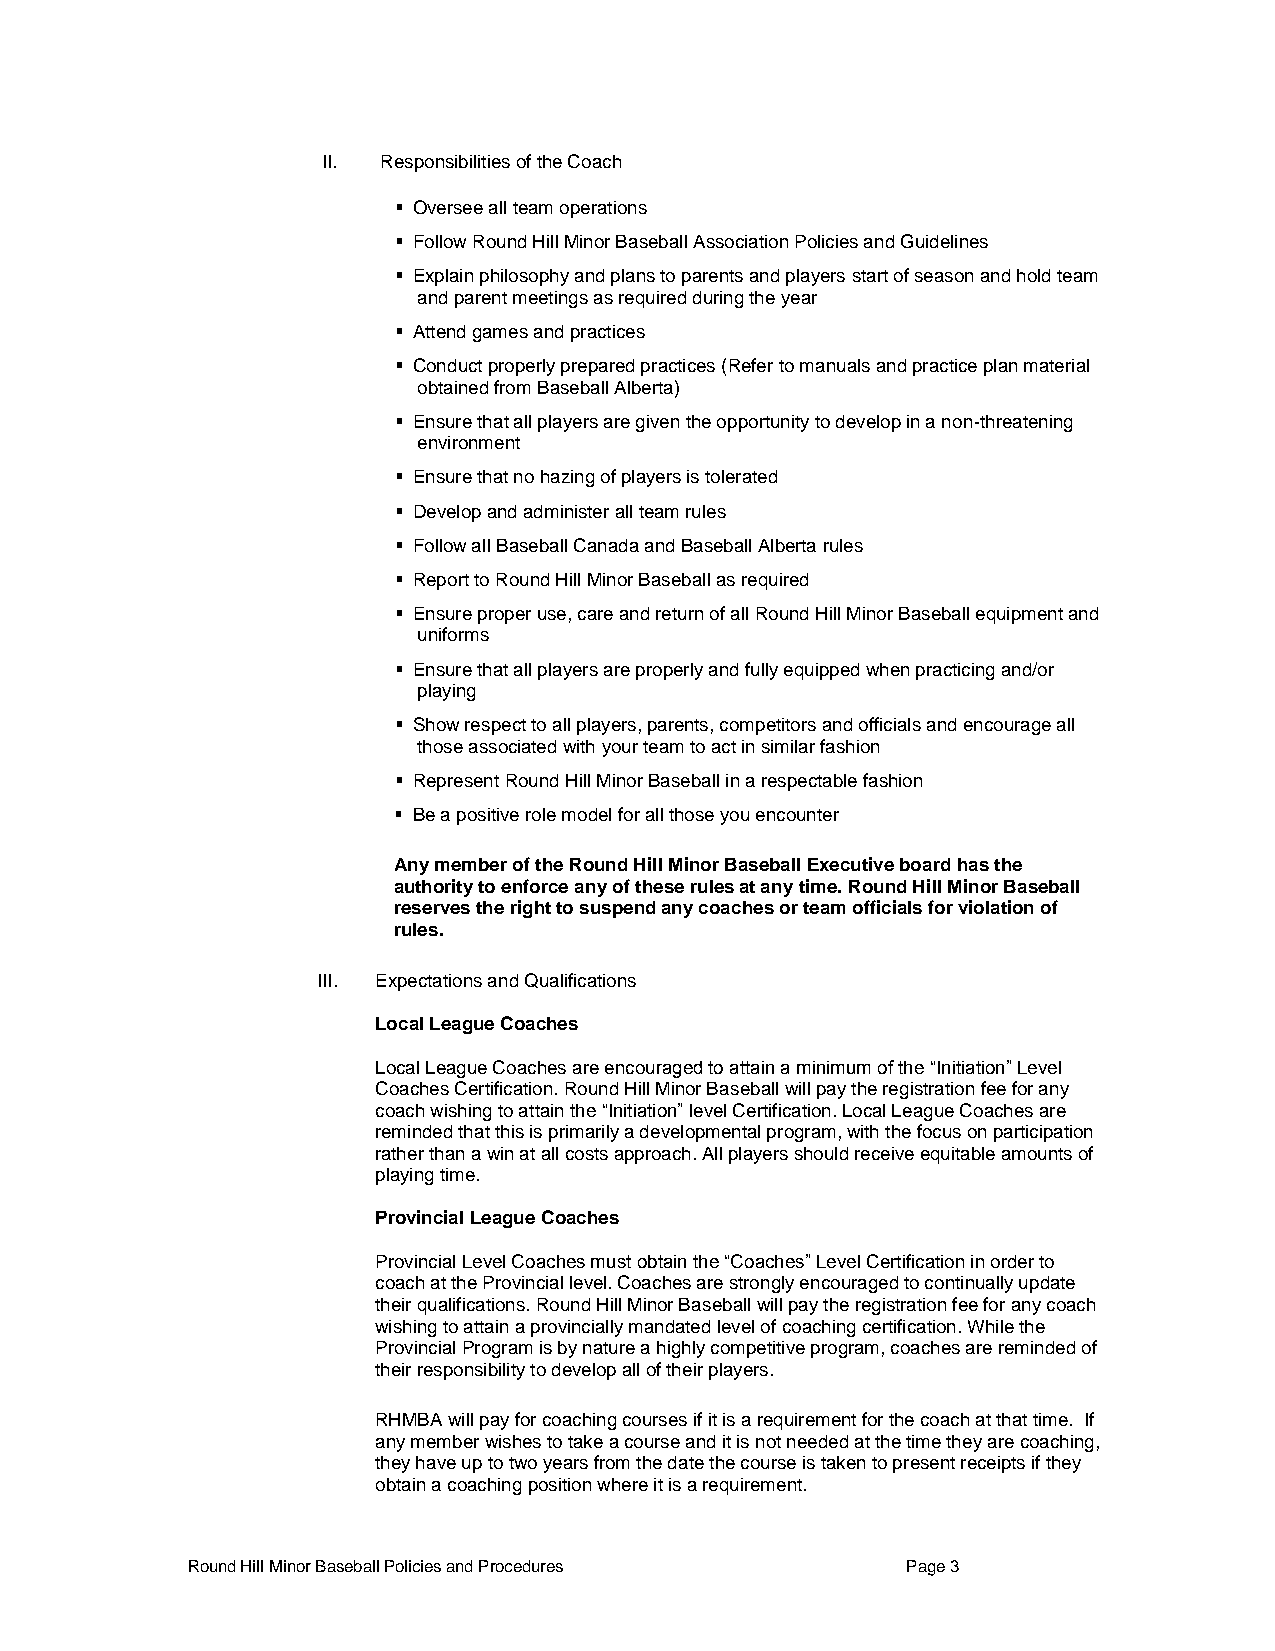
II. Responsibilities of the Coach
  Oversee all team operations
  Follow Round Hill Minor Baseball Association Policies and Guidelines
  Explain philosophy and plans to parents and players start of season and hold team
 and parent meetings as required during the year
  Attend games and practices
  Conduct properly prepared practices (Refer to manuals and practice plan material
 obtained from Baseball Alberta)
  Ensure that all players are given the opportunity to develop in a non-threatening
 environment
  Ensure that no hazing of players is tolerated
  Develop and administer all team rules
  Follow all Baseball Canada and Baseball Alberta rules
  Report to Round Hill Minor Baseball as required
  Ensure proper use, care and return of all Round Hill Minor Baseball equipment and
 uniforms
  Ensure that all players are properly and fully equipped when practicing and/or
 playing
  Show respect to all players, parents, competitors and officials and encourage all
 those associated with your team to act in similar fashion
  Represent Round Hill Minor Baseball in a respectable fashion
  Be a positive role model for all those you encounter
 Any member of the Round Hill Minor Baseball Executive board has the
 authority to enforce any of these rules at any time. Round Hill Minor Baseball
 reserves the right to suspend any coaches or team officials for violation of
 rules.
 III. Expectations and Qualifications
 Local League Coaches
 Local League Coaches are encouraged to attain a minimum of the “Initiation” Level
 Coaches Certification. Round Hill Minor Baseball will pay the registration fee for any
 coach wishing to attain the “Initiation” level Certification. Local League Coaches are
 reminded that this is primarily a developmental program, with the focus on participation
 rather than a win at all costs approach. All players should receive equitable amounts of
 playing time.
 Provincial League Coaches
 Provincial Level Coaches must obtain the “Coaches” Level Certification in order to
 coach at the Provincial level. Coaches are strongly encouraged to continually update
 their qualifications. Round Hill Minor Baseball will pay the registration fee for any coach
 wishing to attain a provincially mandated level of coaching certification. While the
 Provincial Program is by nature a highly competitive program, coaches are reminded of
 their responsibility to develop all of their players.
 RHMBA will pay for coaching courses if it is a requirement for the coach at that time. If
 any member wishes to take a course and it is not needed at the time they are coaching,
 they have up to two years from the date the course is taken to present receipts if they
 obtain a coaching position where it is a requirement.
 Round Hill Minor Baseball Policies and Procedures Page 3